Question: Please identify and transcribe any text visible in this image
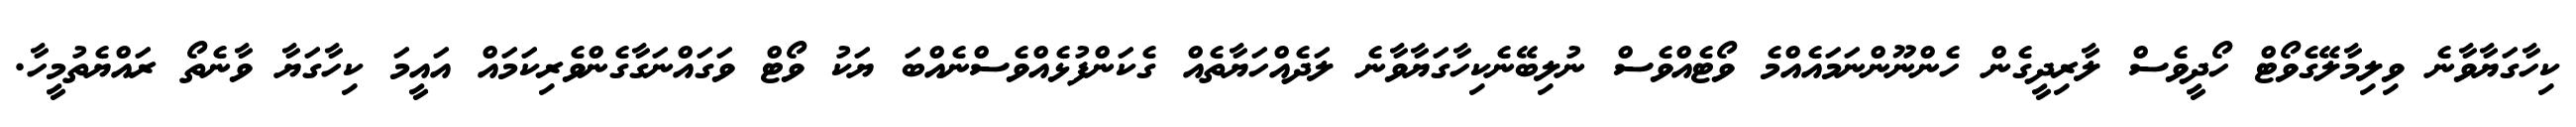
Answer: ކިހާގަޔާވާނެ ވިލިމާލޭގެވޯޓް ހޯދީވެސް ލާރިދީގެން ހެންނޫންނަމައެއްމެ ވޯޓެއްވެސް ނުލިބޭނެކިހާގަޔާވާނެ ލަދެއްހަޔާތެއް ގެކަންފުޅެއްވެސްނެއްބަ ޔަކު ވޯޓް ވަގައްނަގާގެންވެރިކަމައް އައީމަ ކިހާގަޔާ ވާނެތޯ ރައްޔެތުމީހާ.